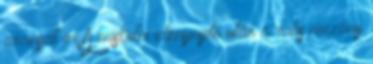
aranyat ér A miskolci idénynyitó után a ralis mezőny